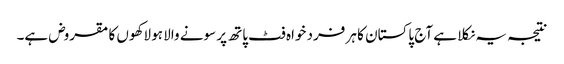
نتیجہ یہ نکلا ہے آج پاکستان کا ہر فرد خواہ فٹ پاتھ پر سونے والا ہو لاکھوں کا مقروض ہے۔